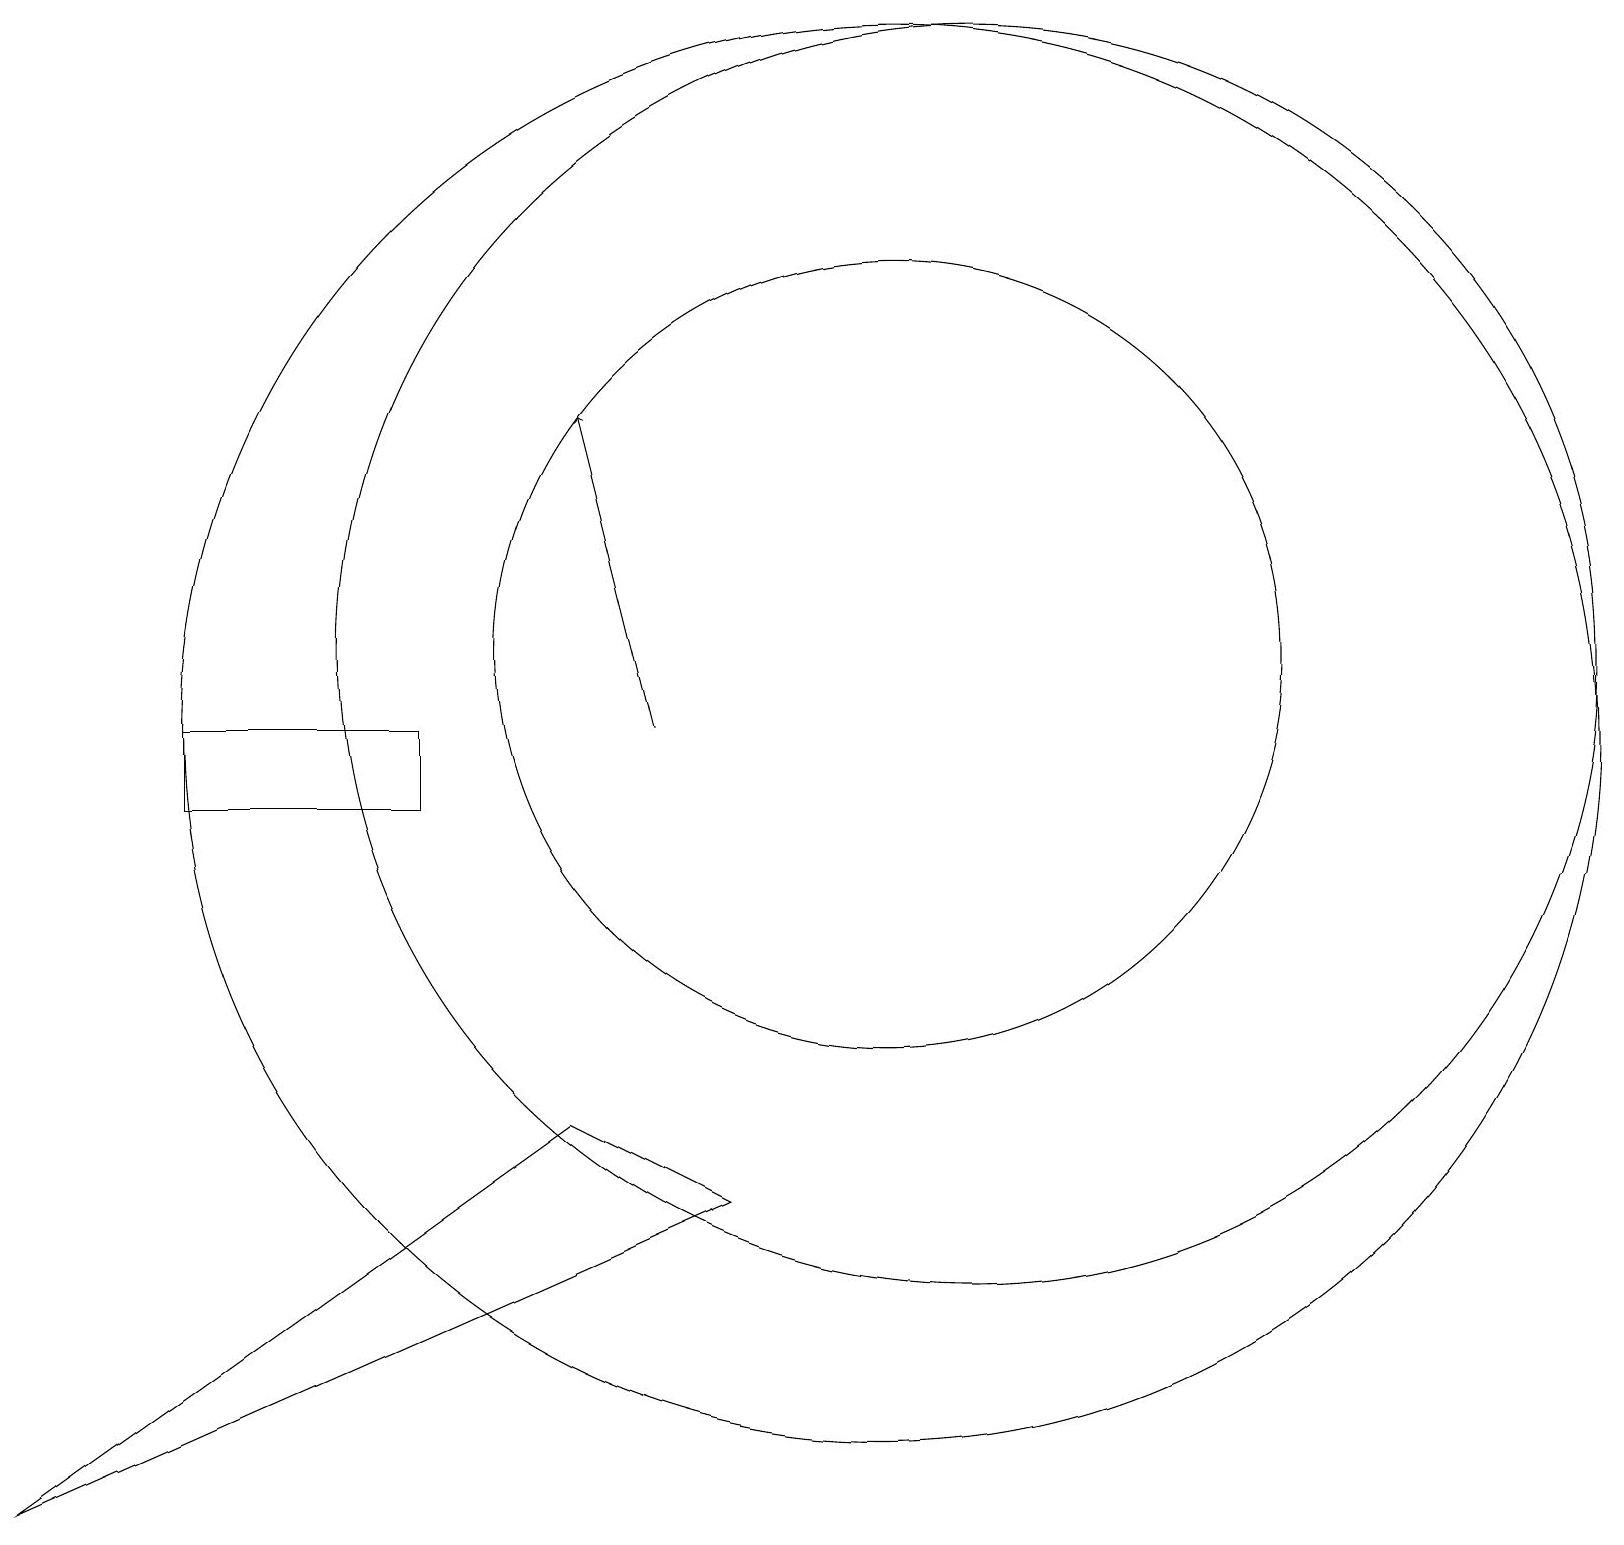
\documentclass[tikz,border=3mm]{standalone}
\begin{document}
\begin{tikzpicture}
\draw (10,10) circle (0);
\draw (2,10) rectangle (5,11);
\draw (0,1) -- (7,6) -- (9,5) -- cycle;
\draw (12,12) circle (8);
\draw (11,12) circle (5);
\draw (11,11) circle (9);
\draw[->] (8,11) -- (7,15);
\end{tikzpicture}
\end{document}